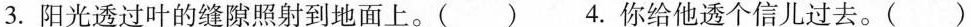
3.阳光透过叶的缝隙照射到地面上。( ) 4.你给他透个信儿过去。( )